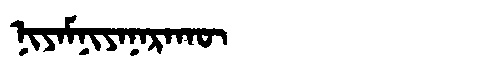
Manchu: ᠨᡳᠶᠠᠮᠨᡳᠶᠠᠨᠠᡵᠠᡴᡡ
Romanization: NIYAMNIYANARAKŪ